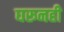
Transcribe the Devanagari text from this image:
घरूनही